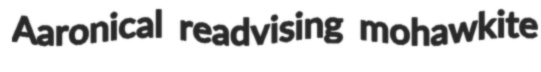
Aaronical readvising mohawkite